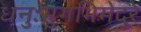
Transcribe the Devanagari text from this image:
धनुःस्रुगभिमेदुरे